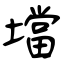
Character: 壋